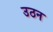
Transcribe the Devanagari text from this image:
उठन